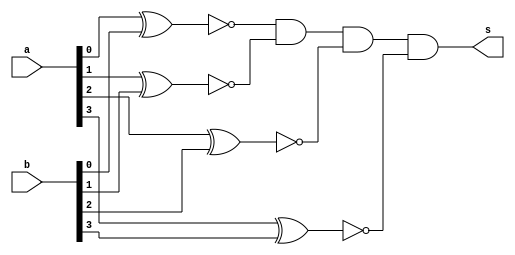
// ------------------------- 
// Exemplo0023 - igual 
// Nome: Gabriel Luiz M. G. Vieira 
// ------------------------- 
// ------------------------- 
// igual_gate 
// ------------------------- 
module igual (output  s,
input  [3:0] a, 
input  [3:0] b);

wire [3:0] x;

xnor XNOR1(x[0],a[0],b[0]);
xnor XNOR2(x[1],a[1],b[1]);
xnor XNOR3(x[2],a[2],b[2]);
xnor XNOR4(x[3],a[3],b[3]);
and AND1(s,x[0],x[1],x[2],x[3]);

endmodule//igual

module test_igual; 
// ------------------------- definir dados 
reg [3:0] y,z;  
wire g;
igual modulo1 (g,y,z);
// ------------------------- parte principal 
initial begin 
$display("Exemplo0023 - Gabriel Luiz M. G. Vieira - 441691"); 
$display("Test LU's module"); 
y = 4'b0000; z = 4'b0000;
// projetar testes do modulo 
#1 $monitor("%3b %3b = %3b ",y,z,g);
#1 y = 4'b0001; z = 4'b0000;
#1 y = 4'b0001; z = 4'b0001;
#1 y = 4'b0010; z = 4'b0001;
#1 y = 4'b0010; z = 4'b0010;
#1 y = 4'b0011; z = 4'b0010;
#1 y = 4'b0011; z = 4'b0011;
#1 y = 4'b0100; z = 4'b0011;
#1 y = 4'b0100; z = 4'b0100;
#1 y = 4'b0101; z = 4'b0100;
#1 y = 4'b0101; z = 4'b0101;
#1 y = 4'b0110; z = 4'b0101;
#1 y = 4'b0110; z = 4'b0110;
#1 y = 4'b0111; z = 4'b0110;
#1 y = 4'b0111; z = 4'b0111;
#1 y = 4'b1000; z = 4'b0111;
#1 y = 4'b1000; z = 4'b1000;
#1 y = 4'b1001; z = 4'b1000;
#1 y = 4'b1001; z = 4'b1001;
#1 y = 4'b1010; z = 4'b1001;
#1 y = 4'b1010; z = 4'b1010;
#1 y = 4'b1011; z = 4'b1010;
#1 y = 4'b1011; z = 4'b1011;
#1 y = 4'b1100; z = 4'b1011;
#1 y = 4'b1100; z = 4'b1100;
#1 y = 4'b1101; z = 4'b1100;
#1 y = 4'b1101; z = 4'b1101;
#1 y = 4'b1110; z = 4'b1101;
#1 y = 4'b1110; z = 4'b1110;
#1 y = 4'b1111; z = 4'b1110;
#1 y = 4'b1111; z = 4'b1111;

end 
endmodule // test_igual